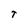
Character: T